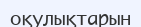
оқулықтарын